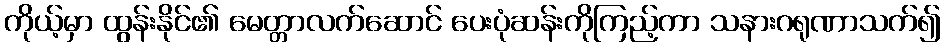
ကိုယ့်မှာ ထွန်းနိုင်၏ မေတ္တာလက်ဆောင် ပေးပုံဆန်းကိုကြည့်ကာ သနားဂရုဏာသက်၍